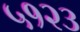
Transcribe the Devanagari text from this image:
५१२३